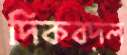
দিকবদল